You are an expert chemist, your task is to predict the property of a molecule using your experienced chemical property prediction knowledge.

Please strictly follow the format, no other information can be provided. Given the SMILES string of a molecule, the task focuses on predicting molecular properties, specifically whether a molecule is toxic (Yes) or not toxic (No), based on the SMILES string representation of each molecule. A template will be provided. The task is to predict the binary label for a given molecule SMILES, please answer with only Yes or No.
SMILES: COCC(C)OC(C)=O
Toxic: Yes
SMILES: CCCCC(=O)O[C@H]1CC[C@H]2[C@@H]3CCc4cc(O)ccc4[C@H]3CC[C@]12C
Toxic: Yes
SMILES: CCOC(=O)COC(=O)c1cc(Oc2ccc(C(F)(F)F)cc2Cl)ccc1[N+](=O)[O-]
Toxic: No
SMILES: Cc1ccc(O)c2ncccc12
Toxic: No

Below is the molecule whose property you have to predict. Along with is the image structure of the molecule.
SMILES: O=C1CC(c2ccc(Cl)cc2)CC(=O)N1
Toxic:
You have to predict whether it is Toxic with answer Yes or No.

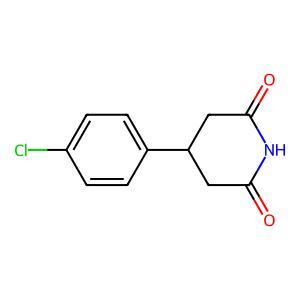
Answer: No